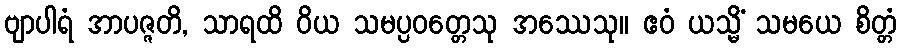
ဗျာပါရံ အာပဇ္ဇတိ, သာရထိ ဝိယ သမပ္ပဝတ္တေသု အဿေသု။ ဧဝံ ယသ္မိံ သမယေ စိတ္တံ